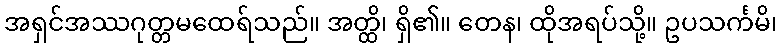
အရှင်အဿဂုတ္တမထေရ်သည်။ အတ္ထိ၊ ရှိ၏။ တေန၊ ထိုအရပ်သို့။ ဥပသင်္ကမိ၊